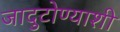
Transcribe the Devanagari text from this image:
जादुटोण्याशी